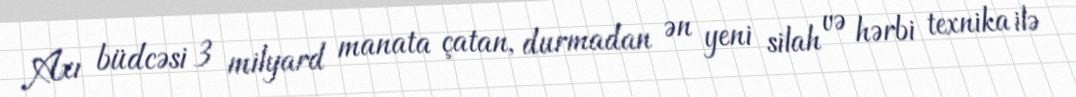
Axı büdcəsi 3 milyard manata çatan, durmadan ən yeni silah və hərbi texnika ilə